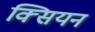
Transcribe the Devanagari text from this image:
क्सियन